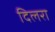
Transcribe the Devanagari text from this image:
दिलरा